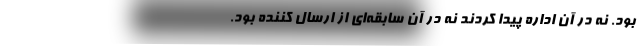
بود. نه در آن اداره پیدا کردند نه در آن سابقه‌ای از ارسال کننده بود.